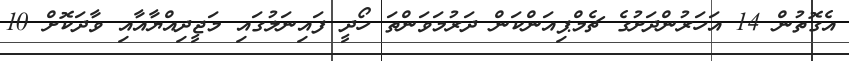
އެގޮތުން 14 އަހަރުންދަށުގެ ޗެމްޕިއަންކަން ދަރުމަވަންތަ ހޯދީ ފައިނަލުގައި މަޖީދިއްޔާއާއި ވާދަކޮށް 10